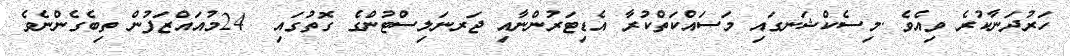
ހަރުދަނާކުރެ ވިއެވެ .މިސެކްޝަނގައި މަސައްކަތްކުރާ އެޑިޓަރުންނާއި ޖަރނަލިސްޓުންގެ ގޮތުގައި  24މުއައްޒަފުން ތިބެގެންނެވެ